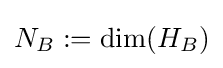
N_{B}:=\dim(H_{B})